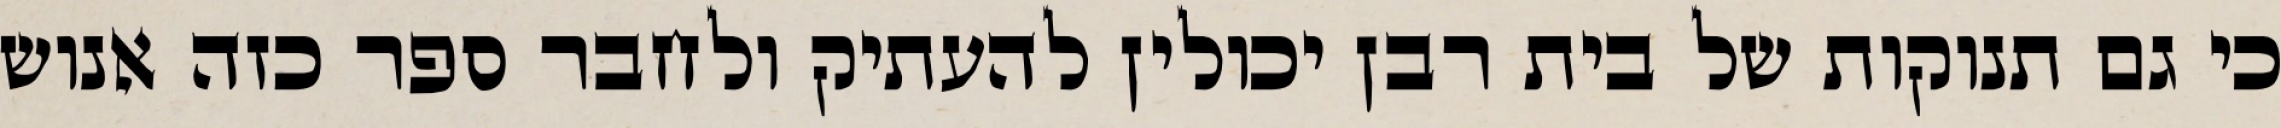
כי גם תנוקות של בית רבן יכולין להעתיק ולחבר ספר כזה אנוש